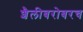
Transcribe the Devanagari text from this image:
शैलीबरोबरच